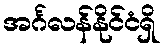
အင်္ဂလန်နိုင်ငံရှိ